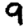
Digit: 9